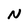
Character: N